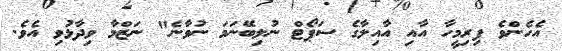
އެހެންވެ ފިރިމީހާ އާއި އާއިލާގެ ސަޕޯޓް ނުލިބޭނަމަ ނުވާނެ" ނަޒްމާ ވިދާޅުވި އެވެ.